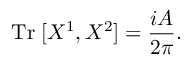
\mathrm { T r } \; [ X ^ { 1 } , X ^ { 2 } ] = \frac { i A } { 2 \pi } .